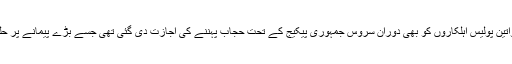
اس سے قبل گزشتہ سال خواتین پولیس اہلکاروں کو بھی دوران سروس جمہوری پیکیج کے تحت حجاب پہننے کی اجازت دی گئی تھی جسے بڑے پیمانے پر حلقہِ نسواں میں سراہا گیا تھا۔